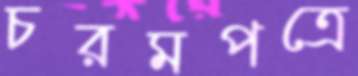
চরমপত্রে